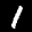
Label: 1